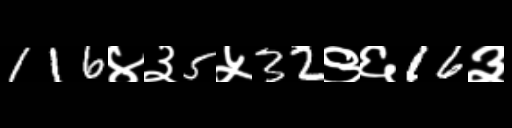
Text: 116४३5५32९६16३